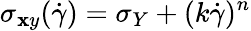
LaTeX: \sigma_{\mathbf{x}y}(\dot{{\gamma}})=\sigma_{Y}+(k\dot{{\gamma}})^{n}